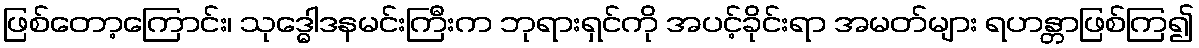
ဖြစ်တော့ကြောင်း၊ သုဒ္ဓေါဒနမင်းကြီးက ဘုရားရှင်ကို အပင့်ခိုင်းရာ အမတ်များ ရဟန္တာဖြစ်ကြ၍